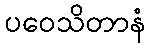
ပဝေသိတာနံ